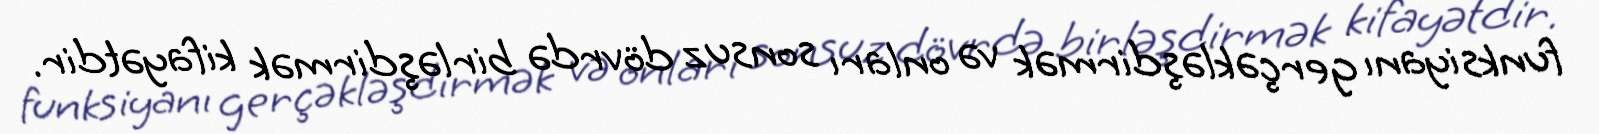
funksiyanı gerçəkləşdirmək və onları sonsuz dövrdə birləşdirmək kifayətdir.